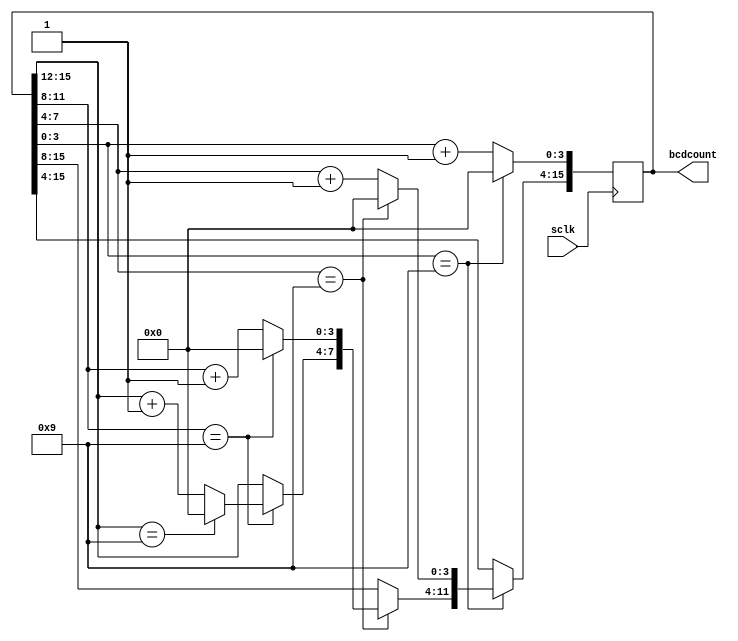
module bcd_counter_4_digit(bcdcount,sclk);
input sclk;
output reg [15:0]bcdcount=0;
always@(posedge sclk) begin
if(bcdcount[3:0]==9)begin
bcdcount[3:0]=0;
if(bcdcount[7:4]==9)begin
bcdcount[7:4]=0;
if(bcdcount[11:8]==9)begin
bcdcount[11:8]=0;
if(bcdcount[15:12]==9)
bcdcount[15:12]=0;
else
bcdcount[15:12]=bcdcount[15:12]+1;
end
else
bcdcount[11:8]=bcdcount[11:8]+1;
end
else
bcdcount[7:4]=bcdcount[7:4]+1;
end
else
bcdcount[3:0]=bcdcount[3:0]+1;
end
endmodule